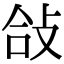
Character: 敆